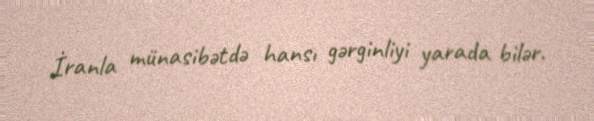
İranla münasibətdə hansı gərginliyi yarada bilər.